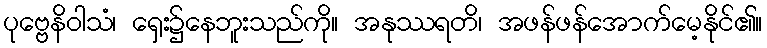
ပုဗ္ဗေနိဝါသံ၊ ရှေး၌နေဘူးသည်ကို။ အနုဿရတိ၊ အဖန်ဖန်အောက်မေ့နိုင်၏။